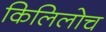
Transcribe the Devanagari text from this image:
किलिलोच